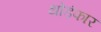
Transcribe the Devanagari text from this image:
थोडंफार